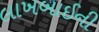
લાખબાઈની